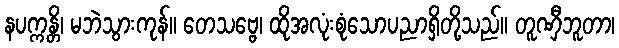
နပက္ကန္တိ၊ မဘဲသွားကုန်။ တေသဗ္ဗေ၊ ထိုအလုံးစုံသောပညာရှိတို့သည်။ တူဏှီဘူတာ၊